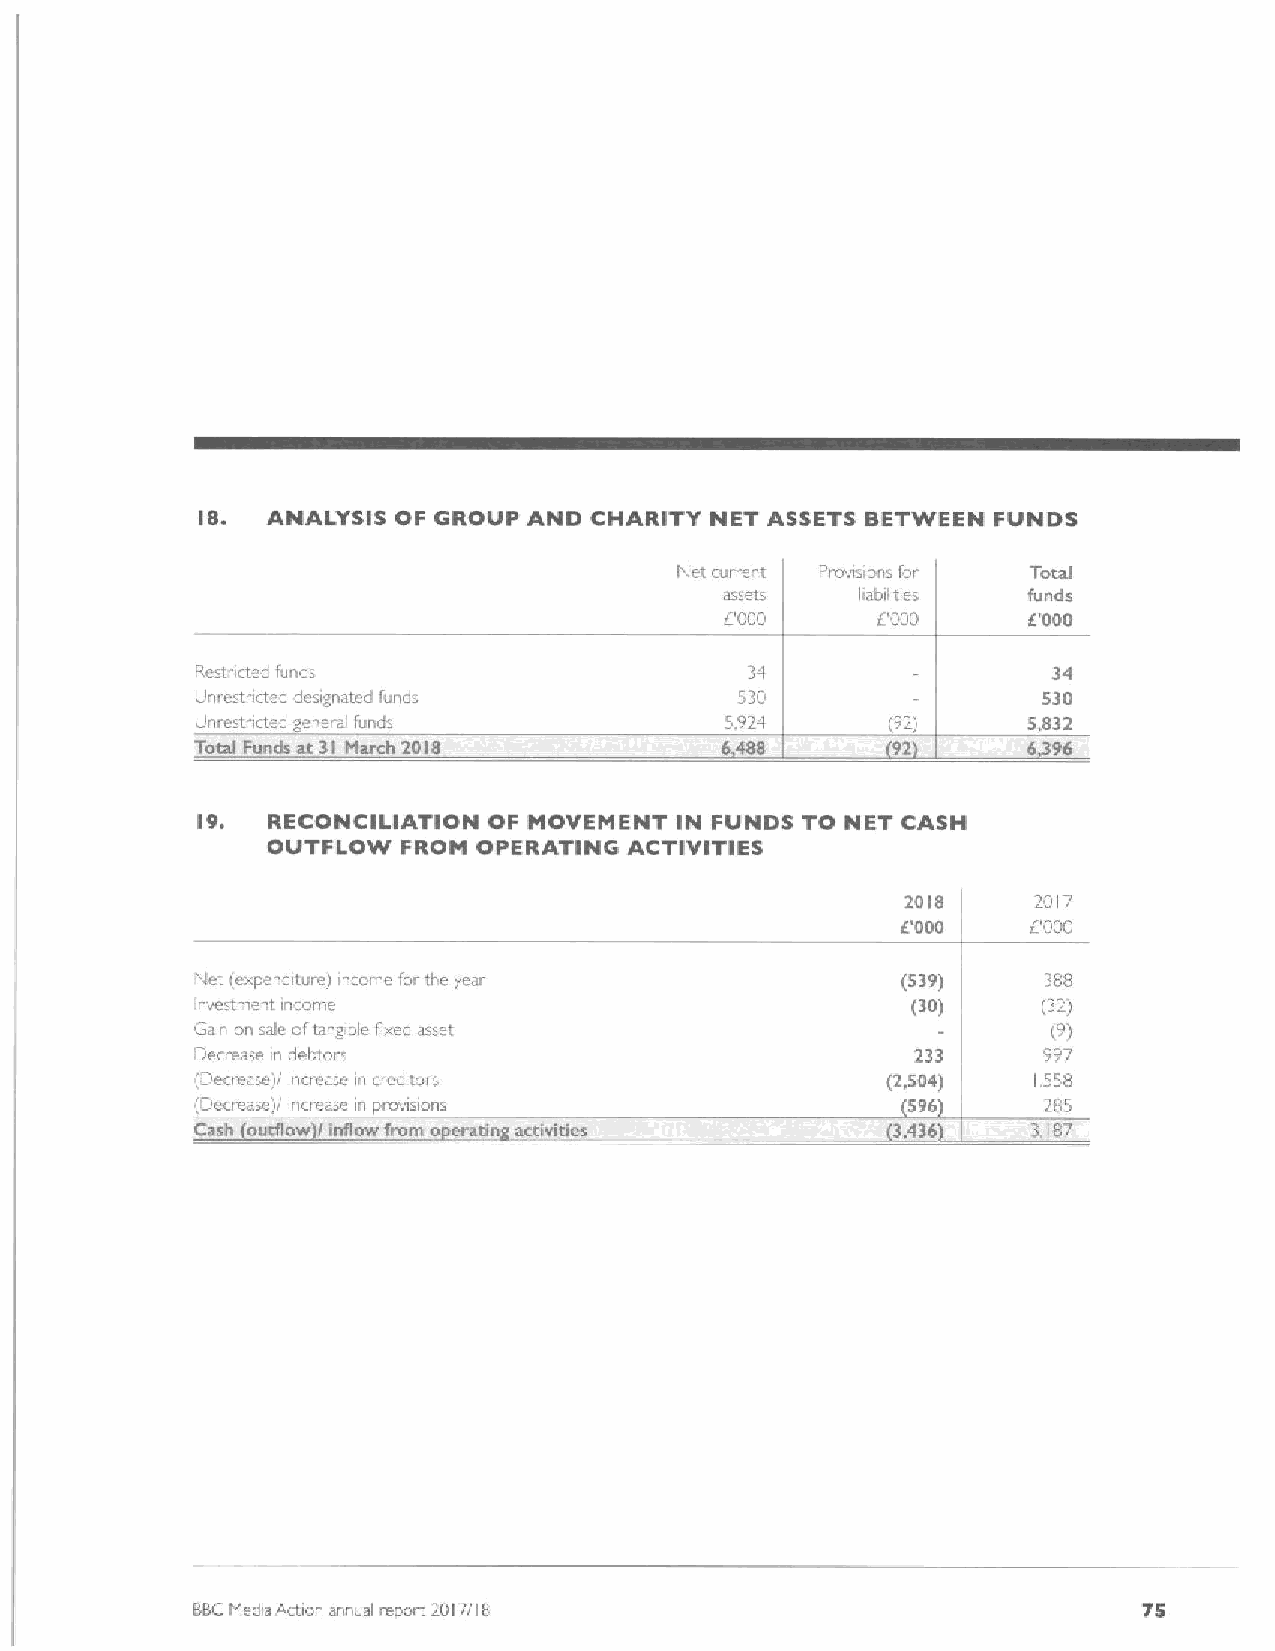
IS.  ANALYSIS OF GROUP AND CHARITY NET ASSETS BETWEEN FUNDS
 I'let current Provisions for Total
 assets   abilities  funds
 1
 CQQQ      d'000     6'000
 f(estricted fund:                    34                  34
 Unrestricted designated funds       53Q                 530
 Unrestricted general funds         5.924      (92)     5,832
 Total Funds at 31 March 2018                  92       6396
 l9,  RECONCILIATION OF MOVEMENT IN FUNDS TO NET CASH
 OUTFLOW  FROM OPERATING ACTIVITIES
 2018    2017
 f.'000
 CQQQi
 Net (expendituie) incom~ for the year          (539)    388
 lnvestntent income                             (30)     (32)
 Gain on sale oftangible fixed asset                      (9)
 f)ecrease in debtors                            233     997
 (fnecrease)! increase in creditors            (2,504)  1.558
 (Deciease)f inciiease in provisions            (596)    285
 Cash outflow 2inflow from o cretin activities 3436     3.187
 BBCMediaAction annual report 2017/(8                           75